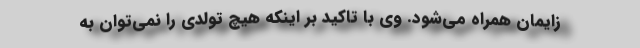
زایمان همراه می‌شود. وی با تاکید بر اینکه هیچ تولدی را نمی‌توان به